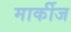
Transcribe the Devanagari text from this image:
मार्कीज